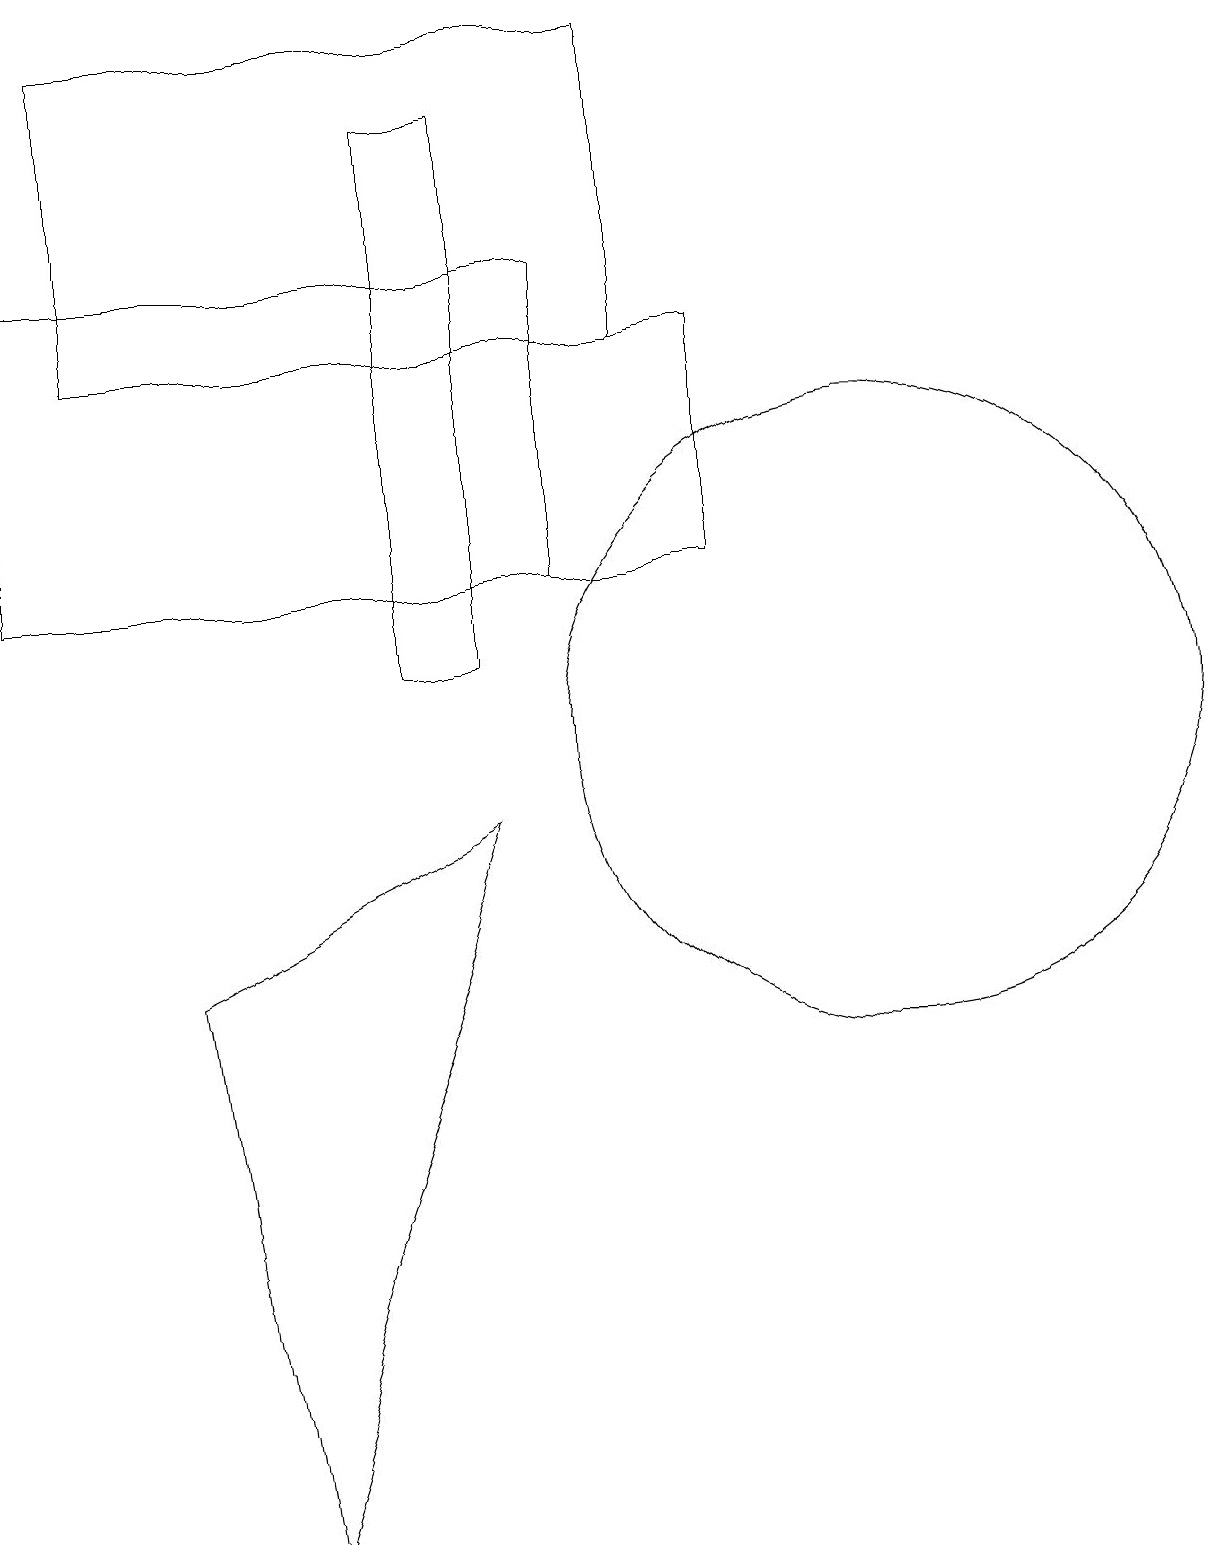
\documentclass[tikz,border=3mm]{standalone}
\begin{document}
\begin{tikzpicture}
\draw (7,16) rectangle (0,12);
\draw (6,18) rectangle (5,11);
\draw (6,9) -- (3,0) -- (2,7) -- cycle;
\draw (11,10) circle (4);
\draw (9,15) rectangle (6,12);
\draw (8,15) rectangle (1,19);
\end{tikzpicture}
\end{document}